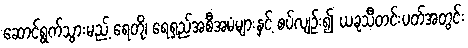
ဆောင်ရွက်သွားမည့် ရေတို၊ ရေရှည်အစီအမံများနှင့် စပ်လျဉ်း၍ ယခုသီတင်းပတ်အတွင်း